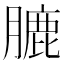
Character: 膔